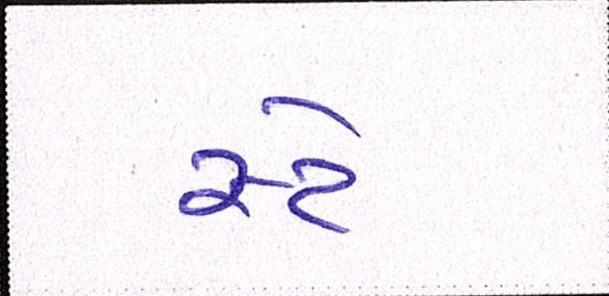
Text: સ્ટે